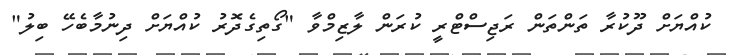
ކުއްޔަށް ދޫކުރާ ތަންތަން ރަޖިސްޓްރީ ކުރަން ލާޒިމްވާ "ގޯތިގެދޮރު ކުއްޔަށް ދިނުމާބެހޭ ބިލު"